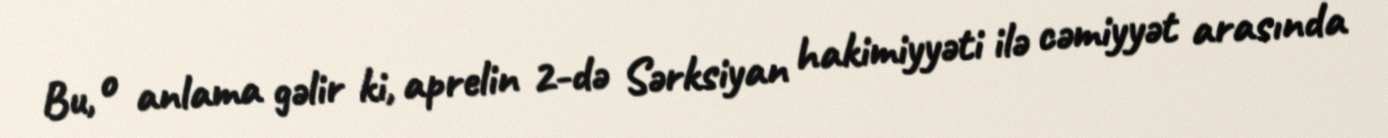
Bu, o anlama gəlir ki, aprelin 2-də Sərksiyan hakimiyyəti ilə cəmiyyət arasında